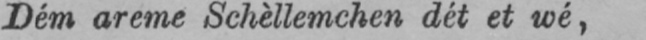
Dém areme Schèllemchen dét et wé,